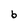
Character: b